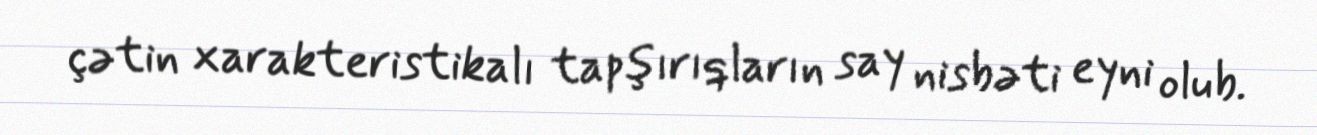
çətin xarakteristikalı tapşırıqların say nisbəti eyni olub.